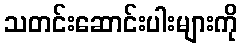
သတင်းဆောင်းပါးများကို